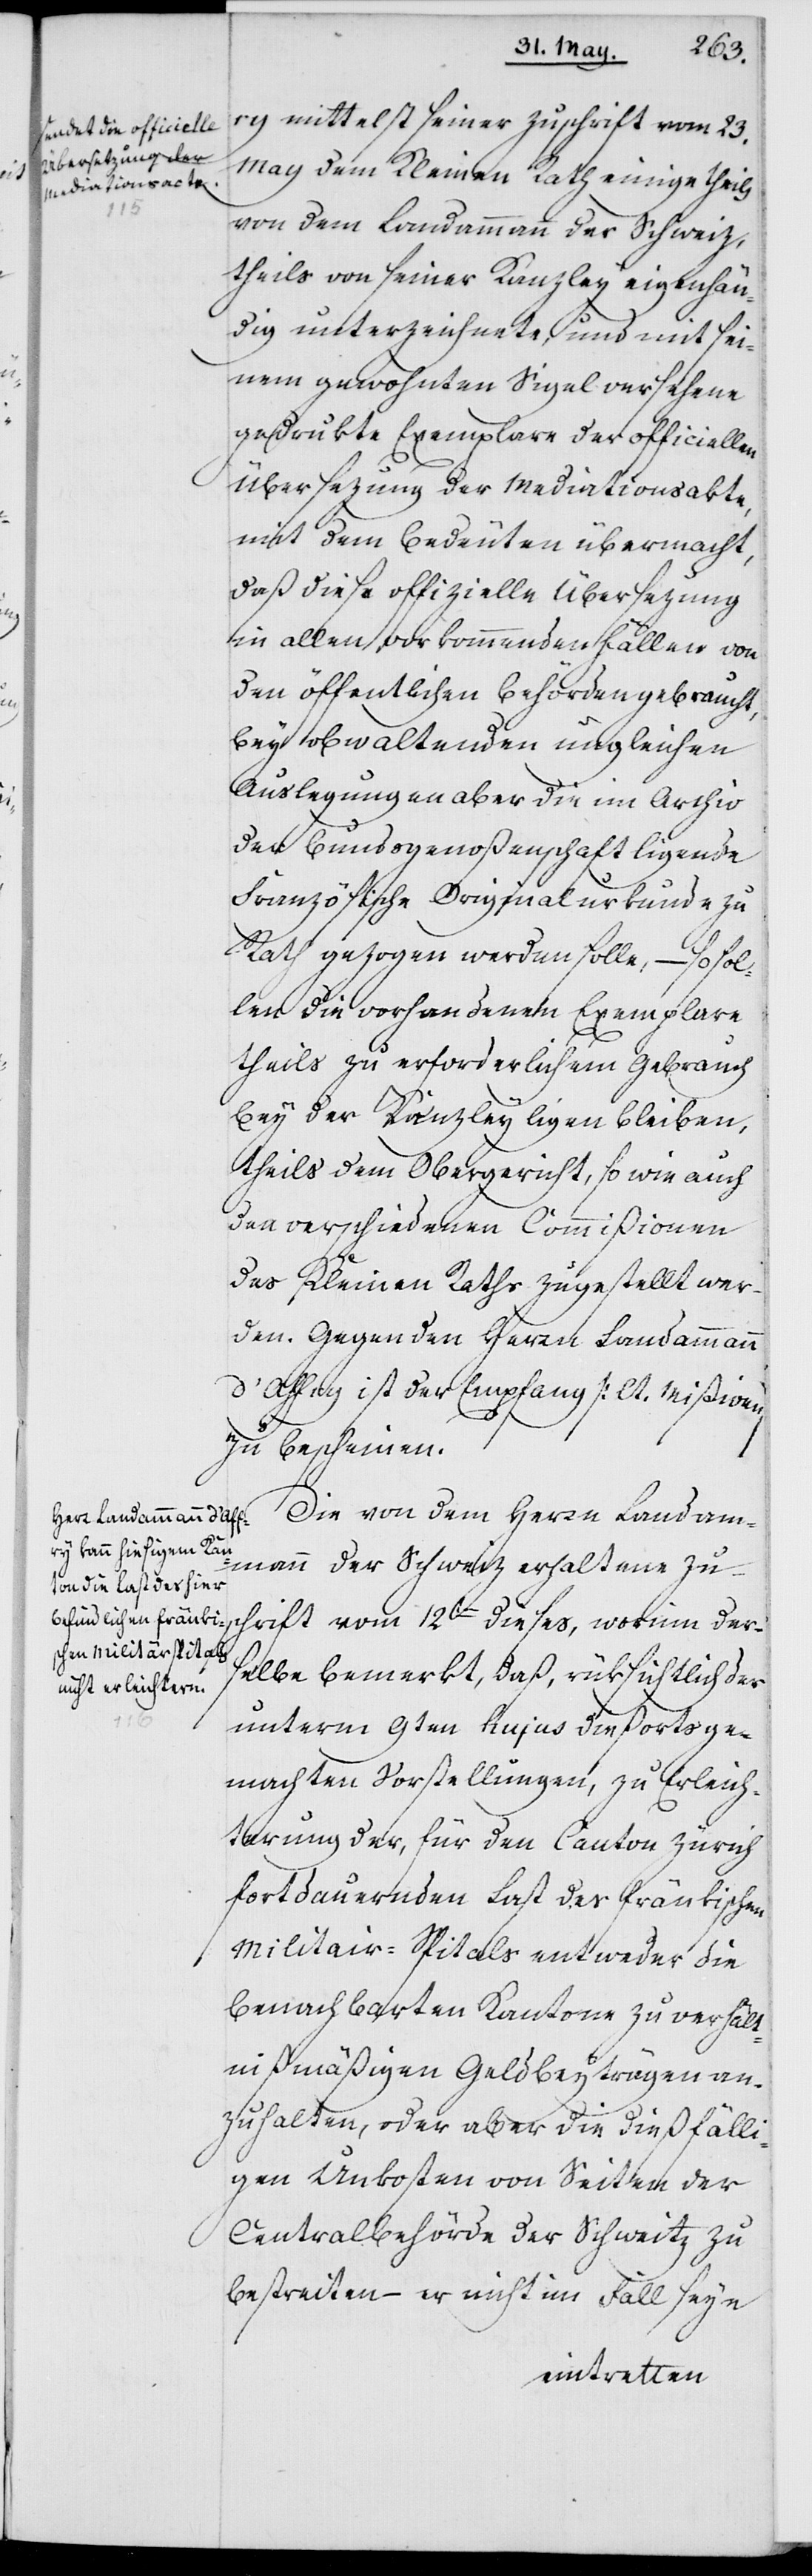
ry mittelst seiner Zuschrift vom 23.
May dem Kleinen Rath einige theils
von dem Landammann der Schweiz,
theils von seiner Kanzley eigenhän¬
dig unterzeichnete, und mit sei¬
nem gewohnten Sigel versehene
gedrukte Exemplare der officiellen
Übersezung der Mediationsakte,
mit dem Bedeuten übermacht,
daß diese offizielle Übersezung
in allen vorkommenden Fällen von
den öffentlichen Behörden gebraucht,
bey obwaltenden ungleichen
Auslegungen aber die im Archiv
der Bundsgenoßenschaft ligende
Französische Originalurkunde zu
Rath gezogen werden solle, – so sol¬
len die vorhandenen Exemplare
theils zu erforderlichem Gebrauch
bey der Kanzley ligen bleiben,
theils dem Obergericht, so wie auch
den verschiedenen Commißionen
des Kleinen Raths zugestellt wer¬
den. Gegen den Herrn Landammann
d’Affry ist der Empfang (lt. Mißiven)
zu bescheinen.
Die von dem Herrn Landam¬
mann der Schweiz erhaltene Zu¬
schrift vom 12ten dieses, worinn der¬
selbe bemerkt, daß, rüksichtlich der
unterm 9ten hujus dießorts ge¬
machten Vorstellungen, zu Erleicht¬
erung der, für den Canton Zürich
fortdauernden Last des fränkischen
Militair-Spitals entweder die
benachbarten Kantone zu verhält¬
nißmäßigen Geldbeyträgen an¬
zuhalten, oder aber die dießfälli¬
gen Unkosten von Seiten der
Centralbehörde der Schweitz zu
bestreiten – er nicht im Fall seye